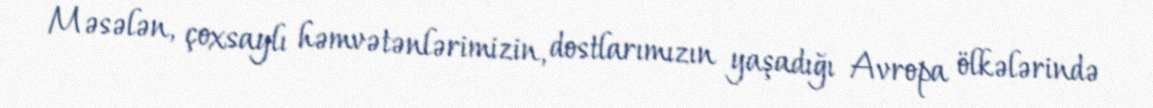
Məsələn, çoxsaylı həmvətənlərimizin, dostlarımızın yaşadığı Avropa ölkələrində